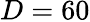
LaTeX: D=60